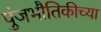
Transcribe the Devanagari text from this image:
पुंजभौतिकीच्या